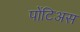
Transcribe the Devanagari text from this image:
पोंटिअस